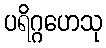
ပရိဂ္ဂဟေသု